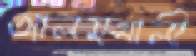
আলমখালী